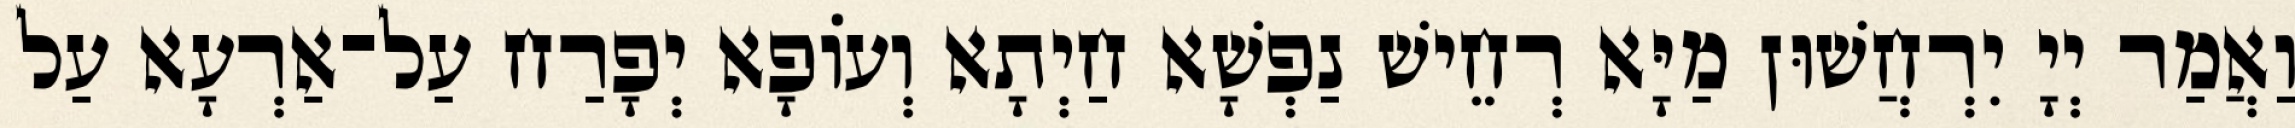
וַאֲמַר יְיָ יִרְחֲשׁוּן מַיָּא רְחֵישׁ נַפְשָׁא חַיְתָא וְעוֹפָא יְפָרַח עַל־אַרְעָא עַל